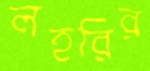
লহরির